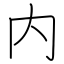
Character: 内